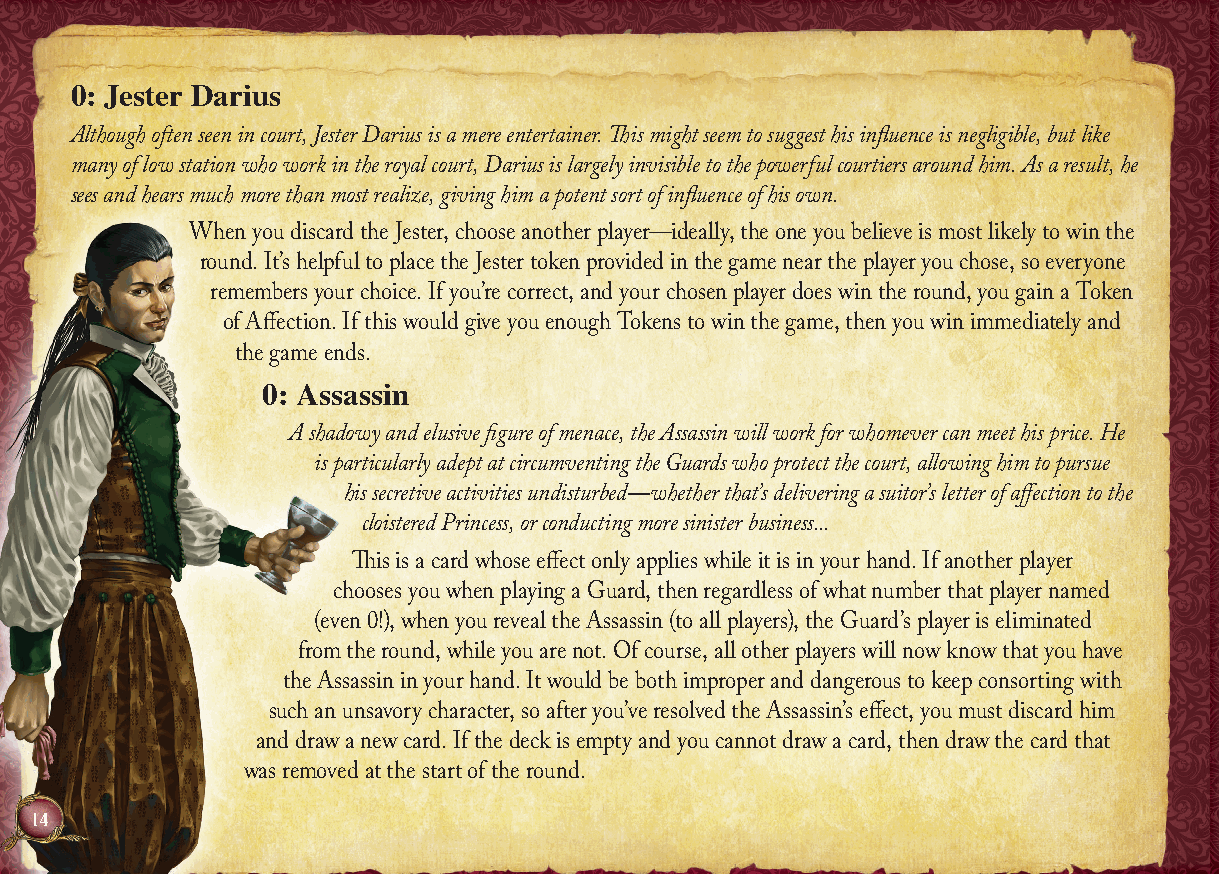
0: Jester Darius
 Although often seen in court, Jester Darius is a mere entertainer. This might seem to suggest his influence is negligible, but like
 many of low station who work in the royal court, Darius is largely invisible to the powerful courtiers around him. As a result, he
 sees and hears much more than most realize, giving him a potent sort of influence of his own.
 When you discard the Jester, choose another player—ideally, the one you believe is most likely to win the
 round. It’s helpful to place the Jester token provided in the game near the player you chose, so everyone
 remembers your choice. If you’re correct, and your chosen player does win the round, you gain a Token
 of Affection. If this would give you enough Tokens to win the game, then you win immediately and
 the game ends.
 0: Assassin
 A shadowy and elusive figure of menace, the Assassin will work for whomever can meet his price. He
 is particularly adept at circumventing the Guards who protect the court, allowing him to pursue
 his secretive activities undisturbed—whether that’s delivering a suitor’s letter of affection to the
 cloistered Princess, or conducting more sinister business...
 This is a card whose effect only applies while it is in your hand. If another player
 chooses you when playing a Guard, then regardless of what number that player named
 (even 0!), when you reveal the Assassin (to all players), the Guard’s player is eliminated
 from the round, while you are not. Of course, all other players will now know that you have
 the Assassin in your hand. It would be both improper and dangerous to keep consorting with
 such an unsavory character, so after you’ve resolved the Assassin’s effect, you must discard him
 and draw a new card. If the deck is empty and you cannot draw a card, then draw the card that
 was removed at the start of the round.
 14